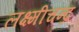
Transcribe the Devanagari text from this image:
लक्ष्मीचन्द्र